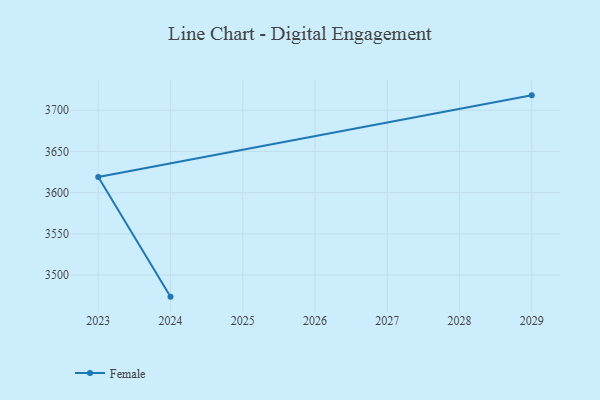
{"axis": {"x": "Year", "y": "Backlog"}, "legend": ["Female"], "data": [{"x": "2029", "y": 3718.1, "type": "Female"}, {"x": "2023", "y": 3619.0, "type": "Female"}, {"x": "2024", "y": 3473.8, "type": "Female"}]}